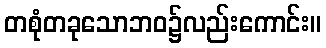
တစုံတခုသောဘဝ၌လည်းကောင်း။